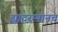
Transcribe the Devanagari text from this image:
ह्यादरम्यानच